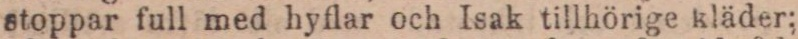
stoppar full med hyflar och Isak tillhörige kläder;